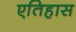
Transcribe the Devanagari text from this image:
एतिहास